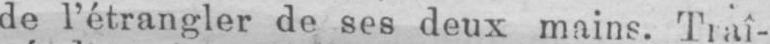
de l’étrangler de ses deux mains. Traî-